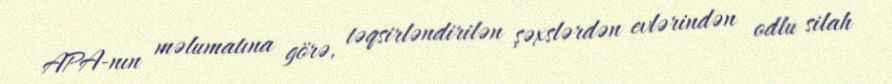
APA-nın məlumatına görə, təqsirləndirilən şəxslərdən evlərindən odlu silah